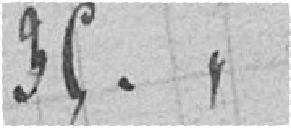
35